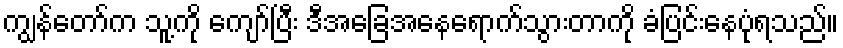
ကျွန်တော်က သူ့ကို ကျော်ပြီး ဒီအခြေအနေရောက်သွားတာကို ခံပြင်းနေပုံရသည်။